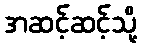
အဆင့်ဆင့်သို့